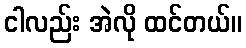
ငါလည်း အဲလို ထင်တယ်။